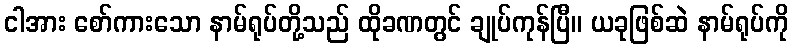
ငါအား စော်ကားသော နာမ်ရုပ်တို့သည် ထိုခဏတွင် ချုပ်ကုန်ပြီ။ ယခုဖြစ်ဆဲ နာမ်ရုပ်ကို